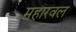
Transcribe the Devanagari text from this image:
महारवल